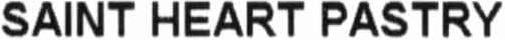
SAINT HEART PASTRY